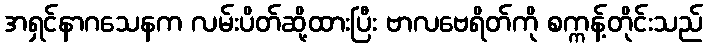
အရှင်နာဂသေနက လမ်းပိတ်ဆို့ထားပြီး ဗာလဗေရိတ်ကို စက္ကန့်တိုင်းသည်